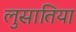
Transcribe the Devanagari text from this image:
लुसातिया